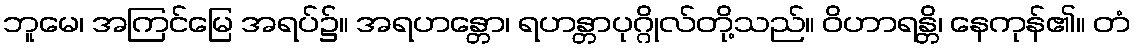
ဘူမေ၊ အကြင်မြေ အရပ်၌။ အရဟန္တော၊ ရဟန္တာပုဂ္ဂိုလ်တို့သည်။ ဝိဟာရန္တိ၊ နေကုန်၏။ တံ